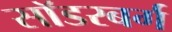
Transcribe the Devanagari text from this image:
सॉडरबर्ग